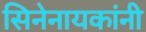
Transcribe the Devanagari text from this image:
सिनेनायकांनी